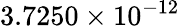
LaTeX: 3.7250\times 10^{-12}